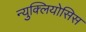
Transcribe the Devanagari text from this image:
न्युक्लियोसिस